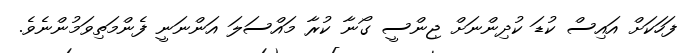
ފަހަކަށް އައިސް ކުޑަ ކުދިންނަށް ޖިންސީ ގޯނާ ކުރާ މައްސަލަ އަންނަނީ ފެންމަތިވަމުންނެވެ.